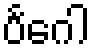
ပင်္ဂေါ